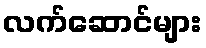
လက်ဆောင်များ